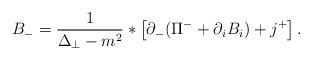
LaTeX: \begin{align*}B_{-} = \frac{1}{\Delta_\perp - m^2}* \left[ \partial_{-}(\Pi^{-} + \partial_i B_i) + j^{+}\right].\end{align*}